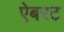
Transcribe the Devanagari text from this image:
ऐबरट